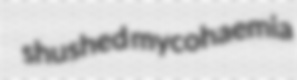
shushed mycohaemia